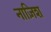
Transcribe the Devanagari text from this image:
नाज़िश